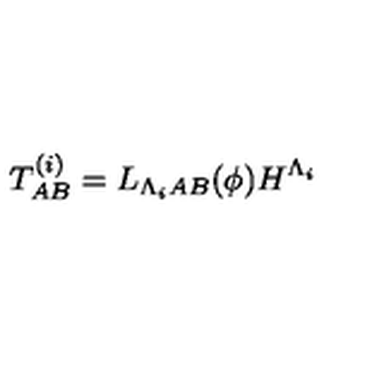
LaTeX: T _ { A B } ^ { ( i ) } = L _ { \Lambda _ { i } A B } ( \phi ) H ^ { \Lambda _ { i } }